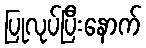
ပြုလုပ်ပြီးနောက်